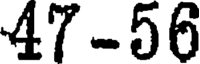
47-56